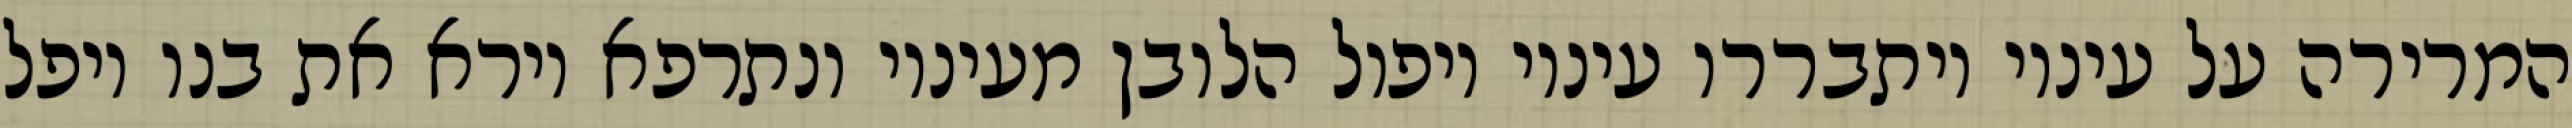
המרירה על עיניו ויתבררו עיניו ויפול הלובן מעיניו ונתרפא וירא את בנו ויפל